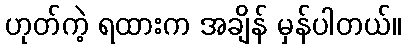
ဟုတ်ကဲ့ ရထားက အချိန် မှန်ပါတယ်။